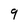
Character: 9